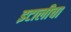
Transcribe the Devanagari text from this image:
इटालीचा